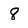
Character: 8